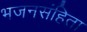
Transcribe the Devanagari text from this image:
भजनसंहिता